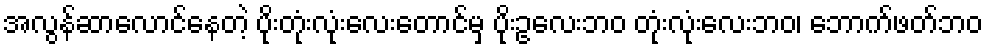
အလွန်ဆာလောင်နေတဲ့ ပိုးတုံးလုံးလေးတောင်မှ ပိုးဥလေးဘဝ တုံးလုံးလေးဘဝ၊ ဘောက်ဖတ်ဘဝ